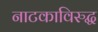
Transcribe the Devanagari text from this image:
नाटकाविरुद्ध